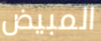
المبيض